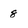
Character: 8